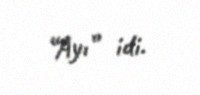
“Ayı” idi.